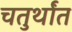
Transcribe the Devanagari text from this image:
चतुर्थांत